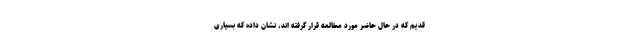
قدیم که در حال حاضر مورد مطالعه قرار گرفته اند، نشان داده که بسیاری